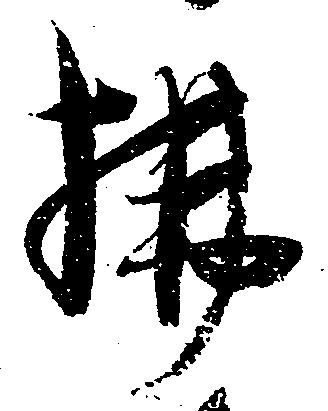
払